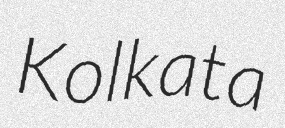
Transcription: Kolkata